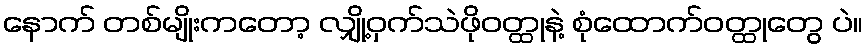
နောက် တစ်မျိုးကတော့ လျှို့ဝှက်သဲဖိုဝတ္ထုနဲ့ စုံထောက်ဝတ္ထုတွေ ပဲ။